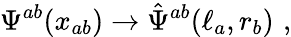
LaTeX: \Psi^{ab}(x_{ab})\rightarrow\hat{\Psi}^{ab}(\ell_{a},r_{b})\, \, ,